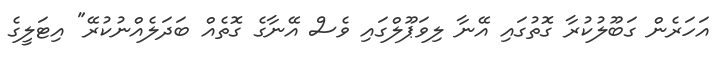
އަހަރެން ގަބޫލުކުރާ ގޮތުގައި އޭނާ ލިވަޕޫލްގައި ވެސް އޭނާގެ ގޮތެއް ބަދަލެއްނުކުރޭ" އިޓަލީގެ